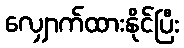
လျှောက်ထားနိုင်ပြီး